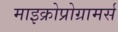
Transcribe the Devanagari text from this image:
माइक्रोप्रोग्रामर्स